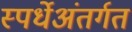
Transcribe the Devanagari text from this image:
स्पर्धेअंतर्गत